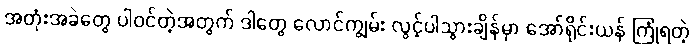
အတုံးအခဲတွေ ပါဝင်တဲ့အတွက် ဒါတွေ လောင်ကျွမ်း လွင့်ပါသွားချိန်မှာ အော်ရိုင်းယန် ကြုံရတဲ့